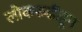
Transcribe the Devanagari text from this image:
लोकरुढीहून